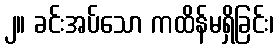
၂။ ခင်းအပ်သော ကထိန်မရှိခြင်း၊